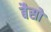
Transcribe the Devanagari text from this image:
बैसो